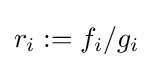
r_{i}:=f_{i}/g_{i}